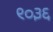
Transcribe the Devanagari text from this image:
९०३६